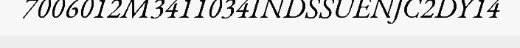
7006012M3411034INDSSUENJC2DY14